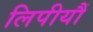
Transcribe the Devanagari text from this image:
लिपीयौं